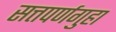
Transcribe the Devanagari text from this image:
सत्तपर्णगुहा